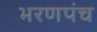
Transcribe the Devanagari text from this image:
भरणपंच